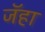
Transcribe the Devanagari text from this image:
जॅहा